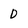
Character: D